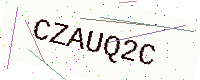
Text: CZAUQ2C